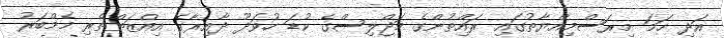
އަދި ހަމަ މިރަސްމިއްޔާތުގައި ރައްިތުންގެ މަޖްލިސްގެ ކުޑަ ހުވަދޫ ދާއިރާގެ އިއްޒަތްތެރި މެމްބަރު